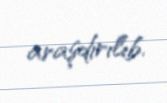
araşdırılıb.